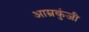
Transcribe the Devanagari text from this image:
आम्रकुंजी